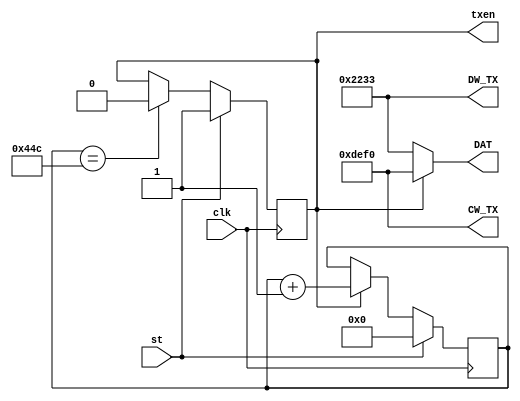
`timescale 1ns / 1ps
//////////////////////////////////////////////////////////////////////////////////
// Company: 
// Engineer: 
// 
// Design Name: 
// Module Name:    Gen_txn_DAT 
// Project Name: 
// Target Devices: 
// Tool versions: 
// Description: 
//
// Dependencies: 
//
// Revision: 
// Revision 0.01 - File Created
// Additional Comments: 
//
//////////////////////////////////////////////////////////////////////////////////
module Gen_txen_DAT(
	input clk,
	output reg txen=0,
	input st,
	output wire[15:0] DAT,
	output wire[15:0] CW_TX,
	output wire[15:0] DW_TX
);

assign CW_TX = 16'hDEF0; // My CW
assign DW_TX = 16'h2233; // My DW
assign DAT = txen? CW_TX : DW_TX;
reg[10:0] cb_txen=0;
wire ce_end = (cb_txen==1100); // 20ns*1100=22000ns=22us>20us
	
always @ (posedge clk) begin
	txen <= st? 1 : ce_end? 0 : txen;
	cb_txen <= st? 0 : txen? cb_txen+1 : cb_txen;
end

endmodule